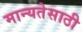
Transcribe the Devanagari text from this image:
मान्यतेसाठी